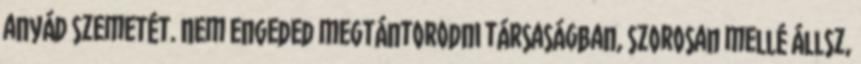
anyád szemetét. Nem engeded megtántorodni társaságban, szorosan mellé állsz,